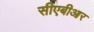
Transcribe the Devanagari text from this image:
सीएबीआर